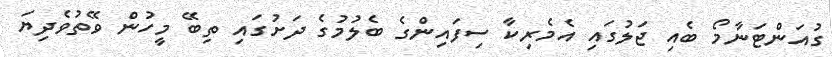
ގުއަންޓަނާމޯ ބެއި ޖަލުގައި އެމެރިކާ ސިފައިންގެ ބެލުމުގެ ދަށުގައި ތިބޭ މީހުން ވޭތުވެދިޔަ